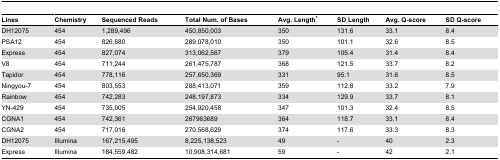
<table><thead><tr><td><b>Lines</b></td><td><b>Chemistry</b></td><td><b>Sequenced Reads</b></td><td><b>Total Num. of Bases</b></td><td><b>Avg. Length*</b></td><td><b>SD Length</b></td><td><b>Avg. Q-score</b></td><td><b>SD Q-score</b></td></tr></thead><tbody><tr><td>DH12075</td><td>454</td><td>1,289,496</td><td>450,850,003</td><td>350</td><td>131.6</td><td>33.1</td><td>8.4</td></tr><tr><td>PSA12</td><td>454</td><td>826,680</td><td>289,078,010</td><td>350</td><td>101.1</td><td>32.6</td><td>8.5</td></tr><tr><td>Express</td><td>454</td><td>827,074</td><td>313,062,567</td><td>379</td><td>105.4</td><td>31.4</td><td>8.4</td></tr><tr><td>V8</td><td>454</td><td>711,244</td><td>261,475,787</td><td>368</td><td>121.5</td><td>33.7</td><td>8.2</td></tr><tr><td>Tapidor</td><td>454</td><td>778,116</td><td>257,650,369</td><td>331</td><td>95.1</td><td>31.6</td><td>8.5</td></tr><tr><td>Ningyou-7</td><td>454</td><td>803,553</td><td>288,413,071</td><td>359</td><td>112.8</td><td>33.2</td><td>7.9</td></tr><tr><td>Rainbow</td><td>454</td><td>742,283</td><td>248,197,873</td><td>334</td><td>129.9</td><td>33.7</td><td>8.1</td></tr><tr><td>YN-429</td><td>454</td><td>735,005</td><td>254,920,458</td><td>347</td><td>101.3</td><td>32.4</td><td>8.5</td></tr><tr><td>CGNA1</td><td>454</td><td>742,361</td><td>267963689</td><td>364</td><td>118.7</td><td>33.1</td><td>8.4</td></tr><tr><td>CGNA2</td><td>454</td><td>717,016</td><td>270,568,629</td><td>374</td><td>117.6</td><td>33.3</td><td>8.3</td></tr><tr><td>DH12075</td><td>Illumina</td><td>167,215,495</td><td>8,225,138,523</td><td>49</td><td>-</td><td>40</td><td>2.3</td></tr><tr><td>Express</td><td>Illumina</td><td>184,559,482</td><td>10,908,314,681</td><td>59</td><td>-</td><td>42</td><td>2.1</td></tr></tbody></table>